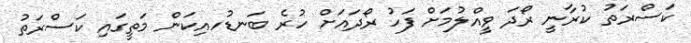
ކަސްރަތު ކުރާނީ ރޯދަ ވީއްލުމަށް ފަހު ރޯދައަށް ހުރެ ބަނޑުހއިކަން މަތީގައި ކަސްރަތު